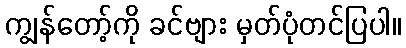
ကျွန်တော့်ကို ခင်ဗျား မှတ်ပုံတင်ပြပါ။